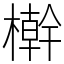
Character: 檊